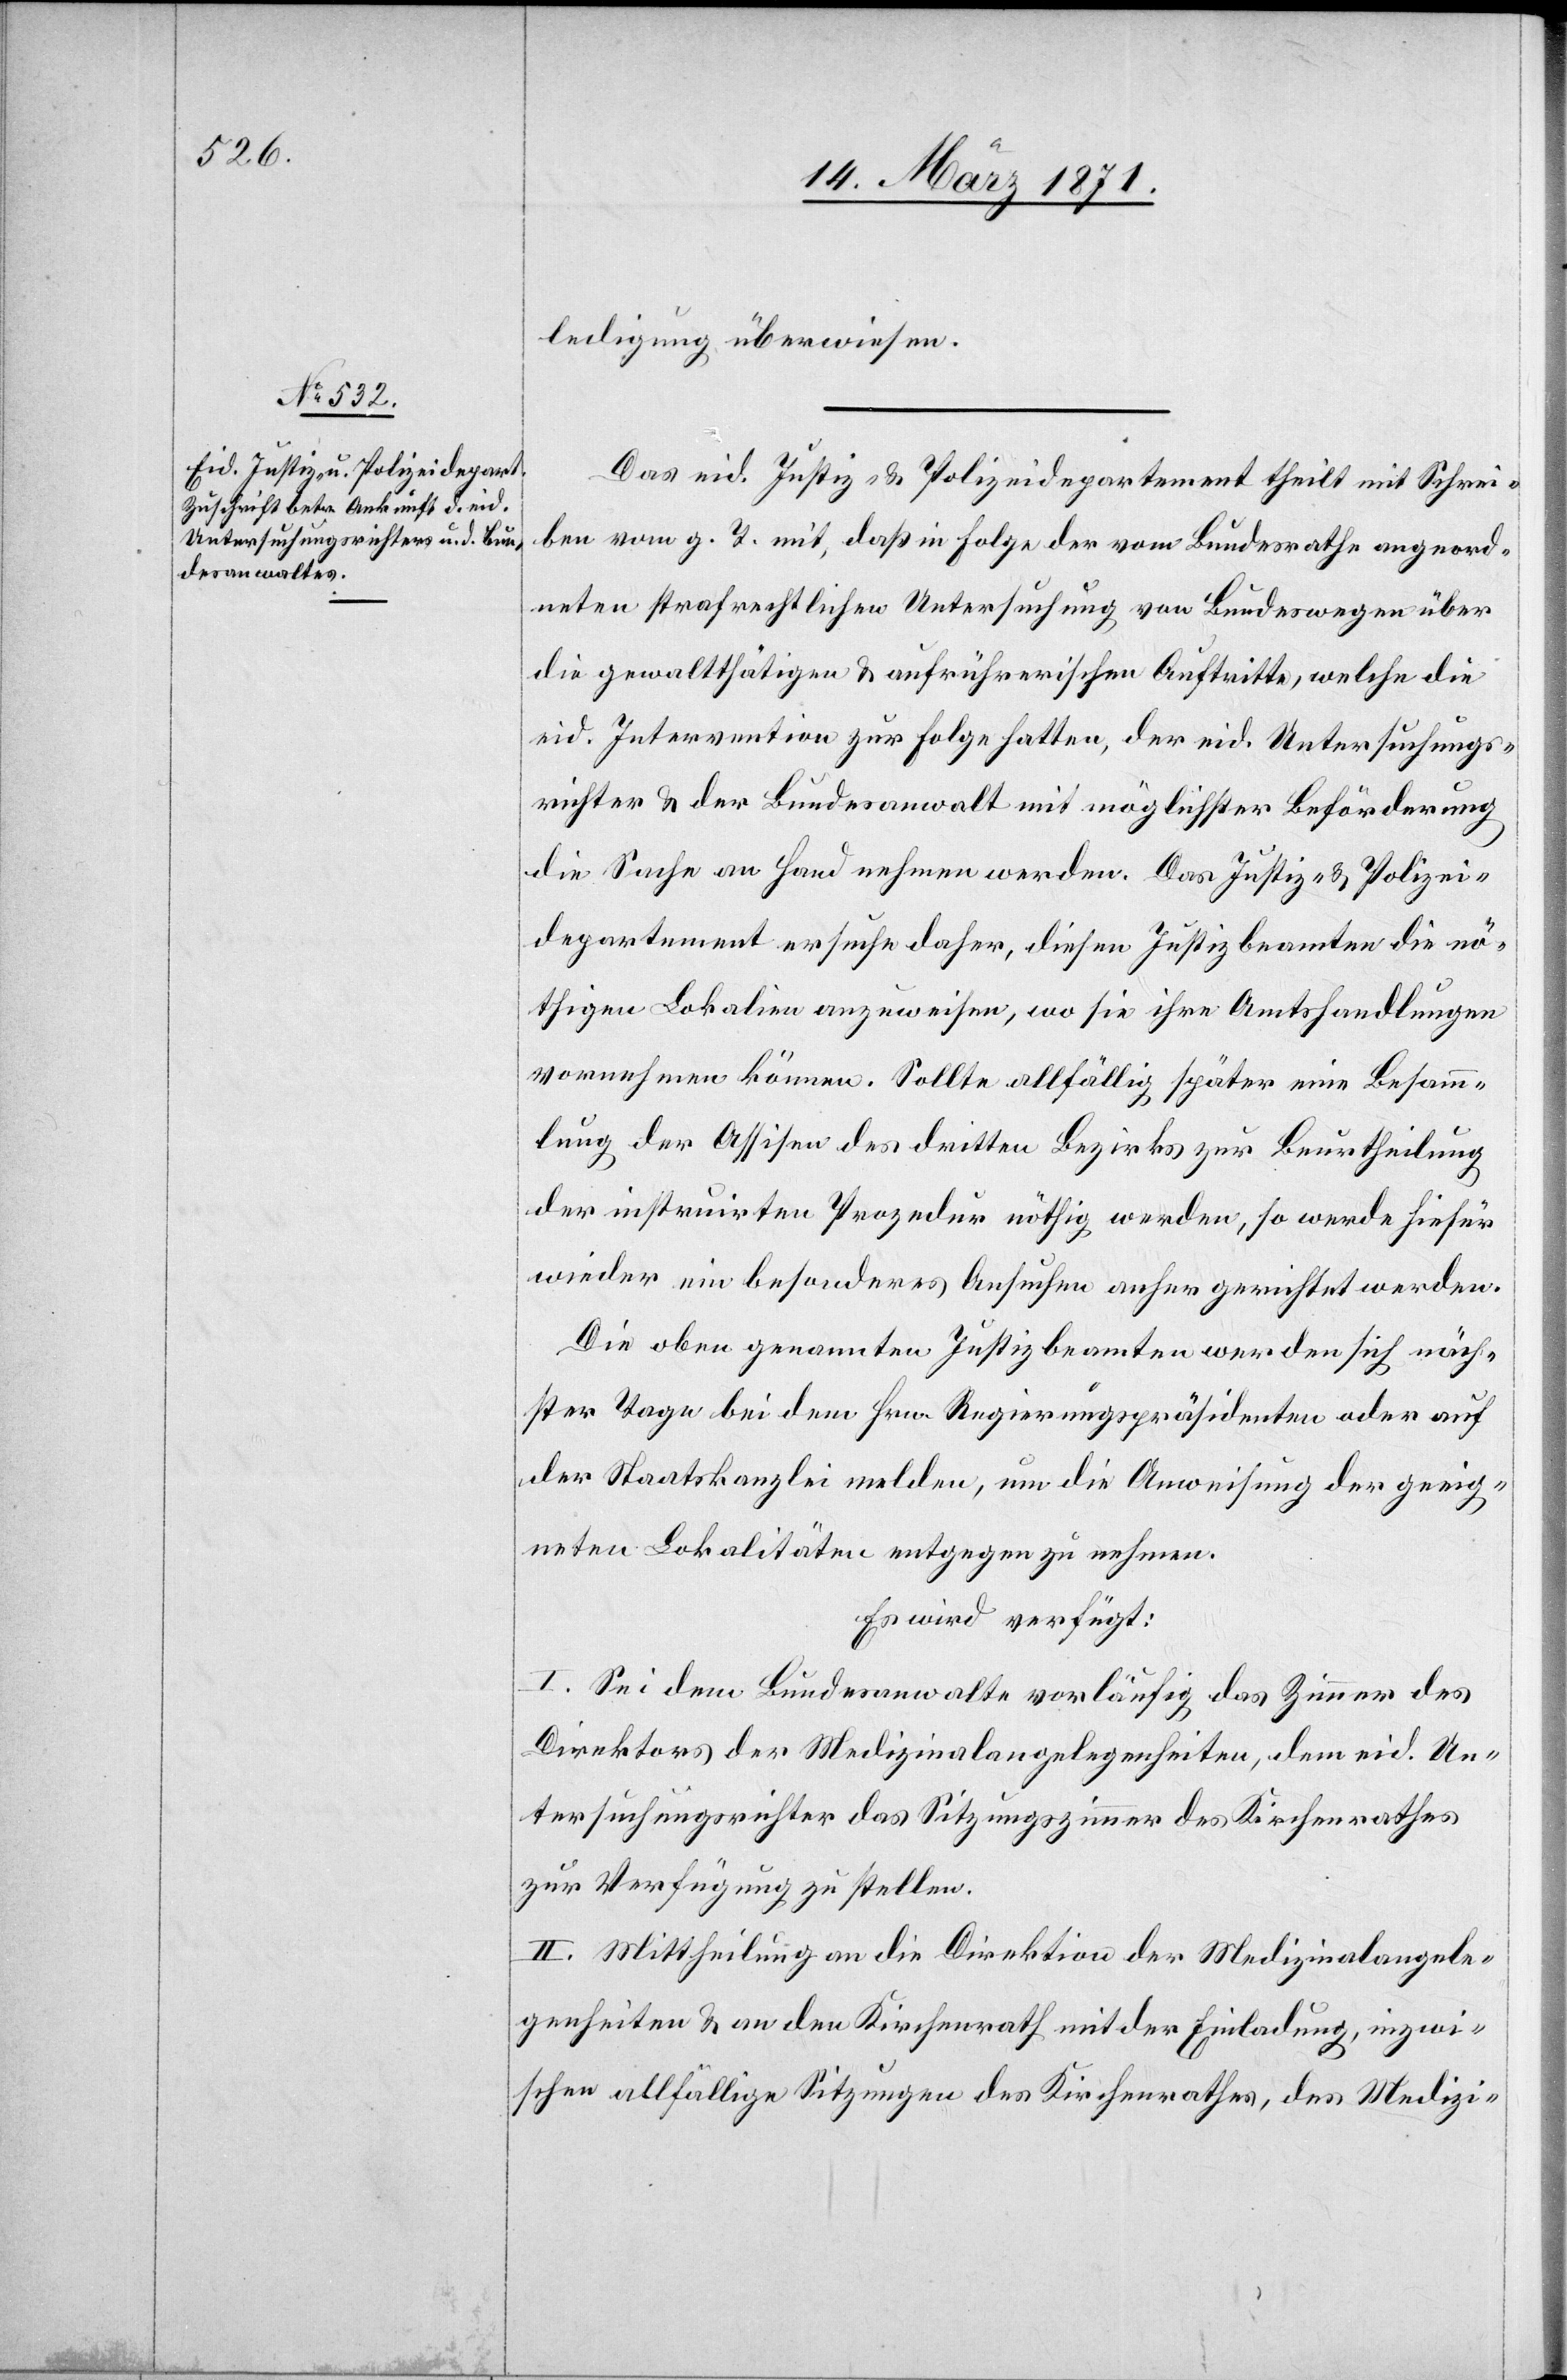
14. März 1871.]
ledigung überwiesen.
Das eid. Justiz- u. Polizeidepartement theilt mit Schrei¬
ben vom g. T. mit, daß in Folge der vom Bundesrathe angeord¬
neten straflichen Untersuchung von Bundeswegen über
die gewaltthätigen u. aufrührerischen Auftritte, welche die
eid. Intervention zur Folge hatten, der eid. Untersuchungs¬
richter u. der Bundesanwalt mit möglicher Beförderung
die Sache an Hand nehmen werden. Das Justiz- u. Polizei¬
departement ersuche daher, diesen Justizbeamten die nö¬
thigen Lokalien anzuweisen, wo sie ihre Amtshandlungen
vornehmen können. Sollte allfällig später eine Besamm¬
lung der Assisen des dritten Bezirks zur Beurtheilung
der instruirten Prozedur nöthig werden, so werde hiefür
wieder ein besonderes Ansuchen anher gerichtet werden.
Die oben genannten Justizbeamten werden sich näch¬
ster Tage bei dem Hrn. Regierungspräsidenten oder auf
der Staatskanzlei melden, um die Anweisung der geeig¬
neten Lokalitäten entgegen zu nehmen.
Es wird verfügt:
I. Sei dem Bundesanwalte vorläufig das Zimmer des
Direktor der Medizinalangelegenheiten, dem eid. Un¬
tersuchungsrichter das Sitzungszimmer des Kirchenrathes
zur Verfügung zu stellen.
II. Mittheilung an die Direktion der Medizinalangele¬
genheiten u. an den Kirchenrath mit der Einladung, inzwi¬
schen allfällig Sitzungen des Kirchenrathes, des Medizi-